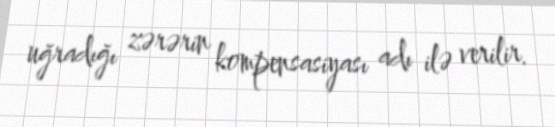
uğradığı zərərin kompensasiyası adı ilə verilir.